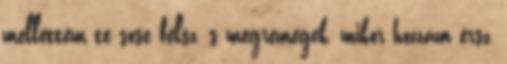
mellettem te sose félsz, s megremegek, mikor hozzám érsz,